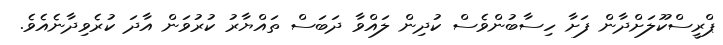
ޕްރީސްކޫލަށްދާން ފަށާ ހިސާބުންވެސް ކުދިން ލައްވާ ދަބަސް ތައްޔާރު ކުރުވަން އާދަ ކުރެވިދާނެއެވެ.